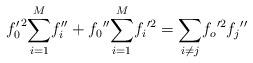
LaTeX: \begin{align*}{f'_0}^2 {\sum^M_{i=1}}{f''_i}+{f_0}''{\sum^M_{i=1}}{f_i}'^2={\sum_{i\ne j}}{f_o}'^2{f_j}''\end{align*}